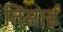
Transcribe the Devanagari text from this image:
तिसाई